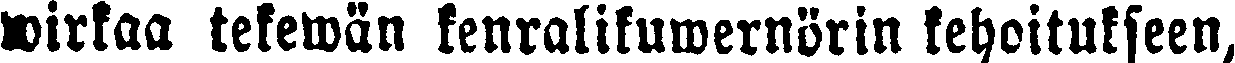
wirkaa tekewän kenralikuwernörin kehoitukseen,